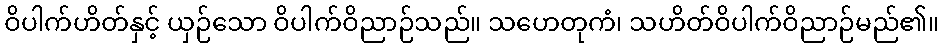
ဝိပါက်ဟိတ်နှင့် ယှဉ်သော ဝိပါက်ဝိညာဉ်သည်။ သဟေတုကံ၊ သဟိတ်ဝိပါက်ဝိညာဉ်မည်၏။